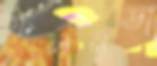
ফলনডা